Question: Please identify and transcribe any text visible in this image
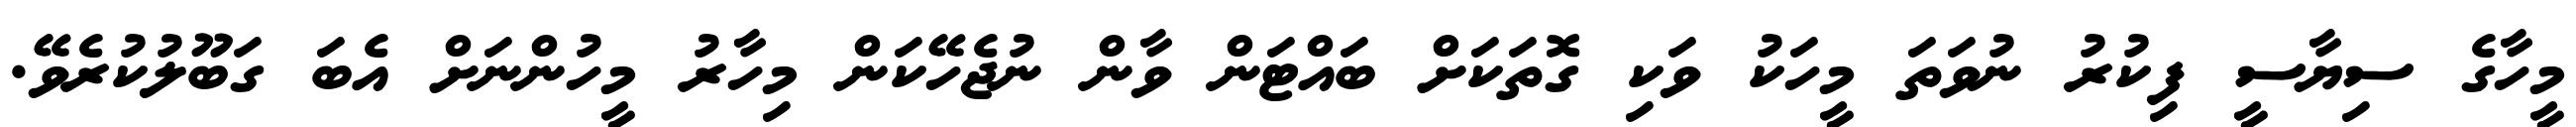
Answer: މީހާގެ ސިޔާސީ ފިކުރު ނުވަތަ މީހަކު ވަކި ގޮތަކަށް ބައްޓަން ވާން ނުޖެހޭކަން މިހާރު މީހުންނަށް އެބަ ގަބޫލުކުރެވޭ.